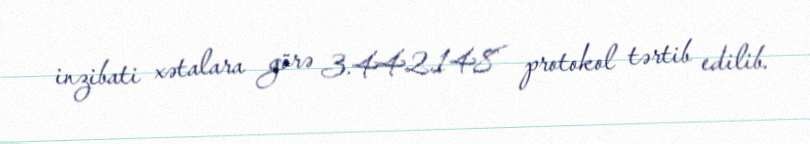
inzibati xətalara görə 3.442.148 protokol tərtib edilib.